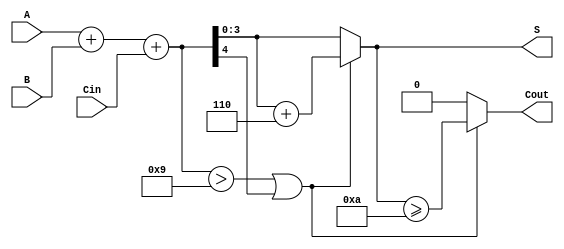
module BCD_Conditional_Adder (
    input  [3:0] A,      // First BCD digit
    input  [3:0] B,      // Second BCD digit
    input        Cin,     // Carry input
    output [3:0] S,      // BCD sum output
    output       Cout     // Carry output
);

    wire [4:0] sum;      // 5-bit sum to accommodate carry
    wire correction;      // Correction flag

    // Step 1: Perform binary addition
    assign sum = A + B + Cin;

    // Step 2: Determine if correction is needed
    assign correction = (sum > 9) || sum[4]; // Check if sum exceeds 9 or if there's a carry

    // Step 3: Calculate the final BCD result
    assign S = correction ? (sum + 5'd6) : sum[3:0]; // Add 6 if correction is needed

    // Step 4: Determine the carry out
    assign Cout = correction ? (S >= 10) : 1'b0; // Set Cout if S is 10 or more after correction

endmodule